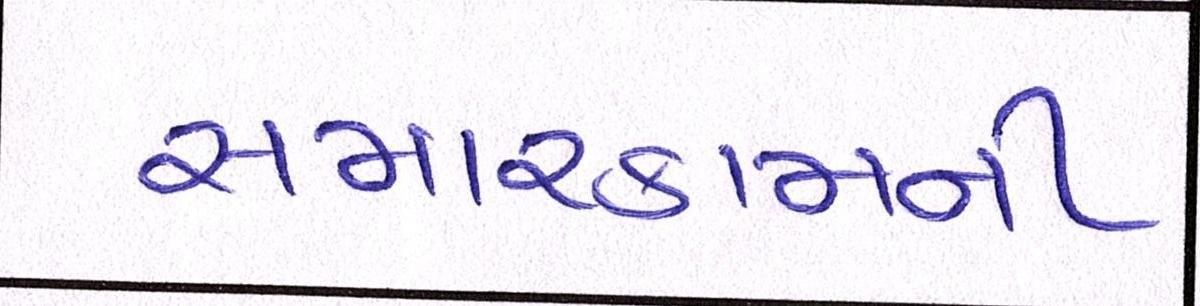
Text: સમારકામની